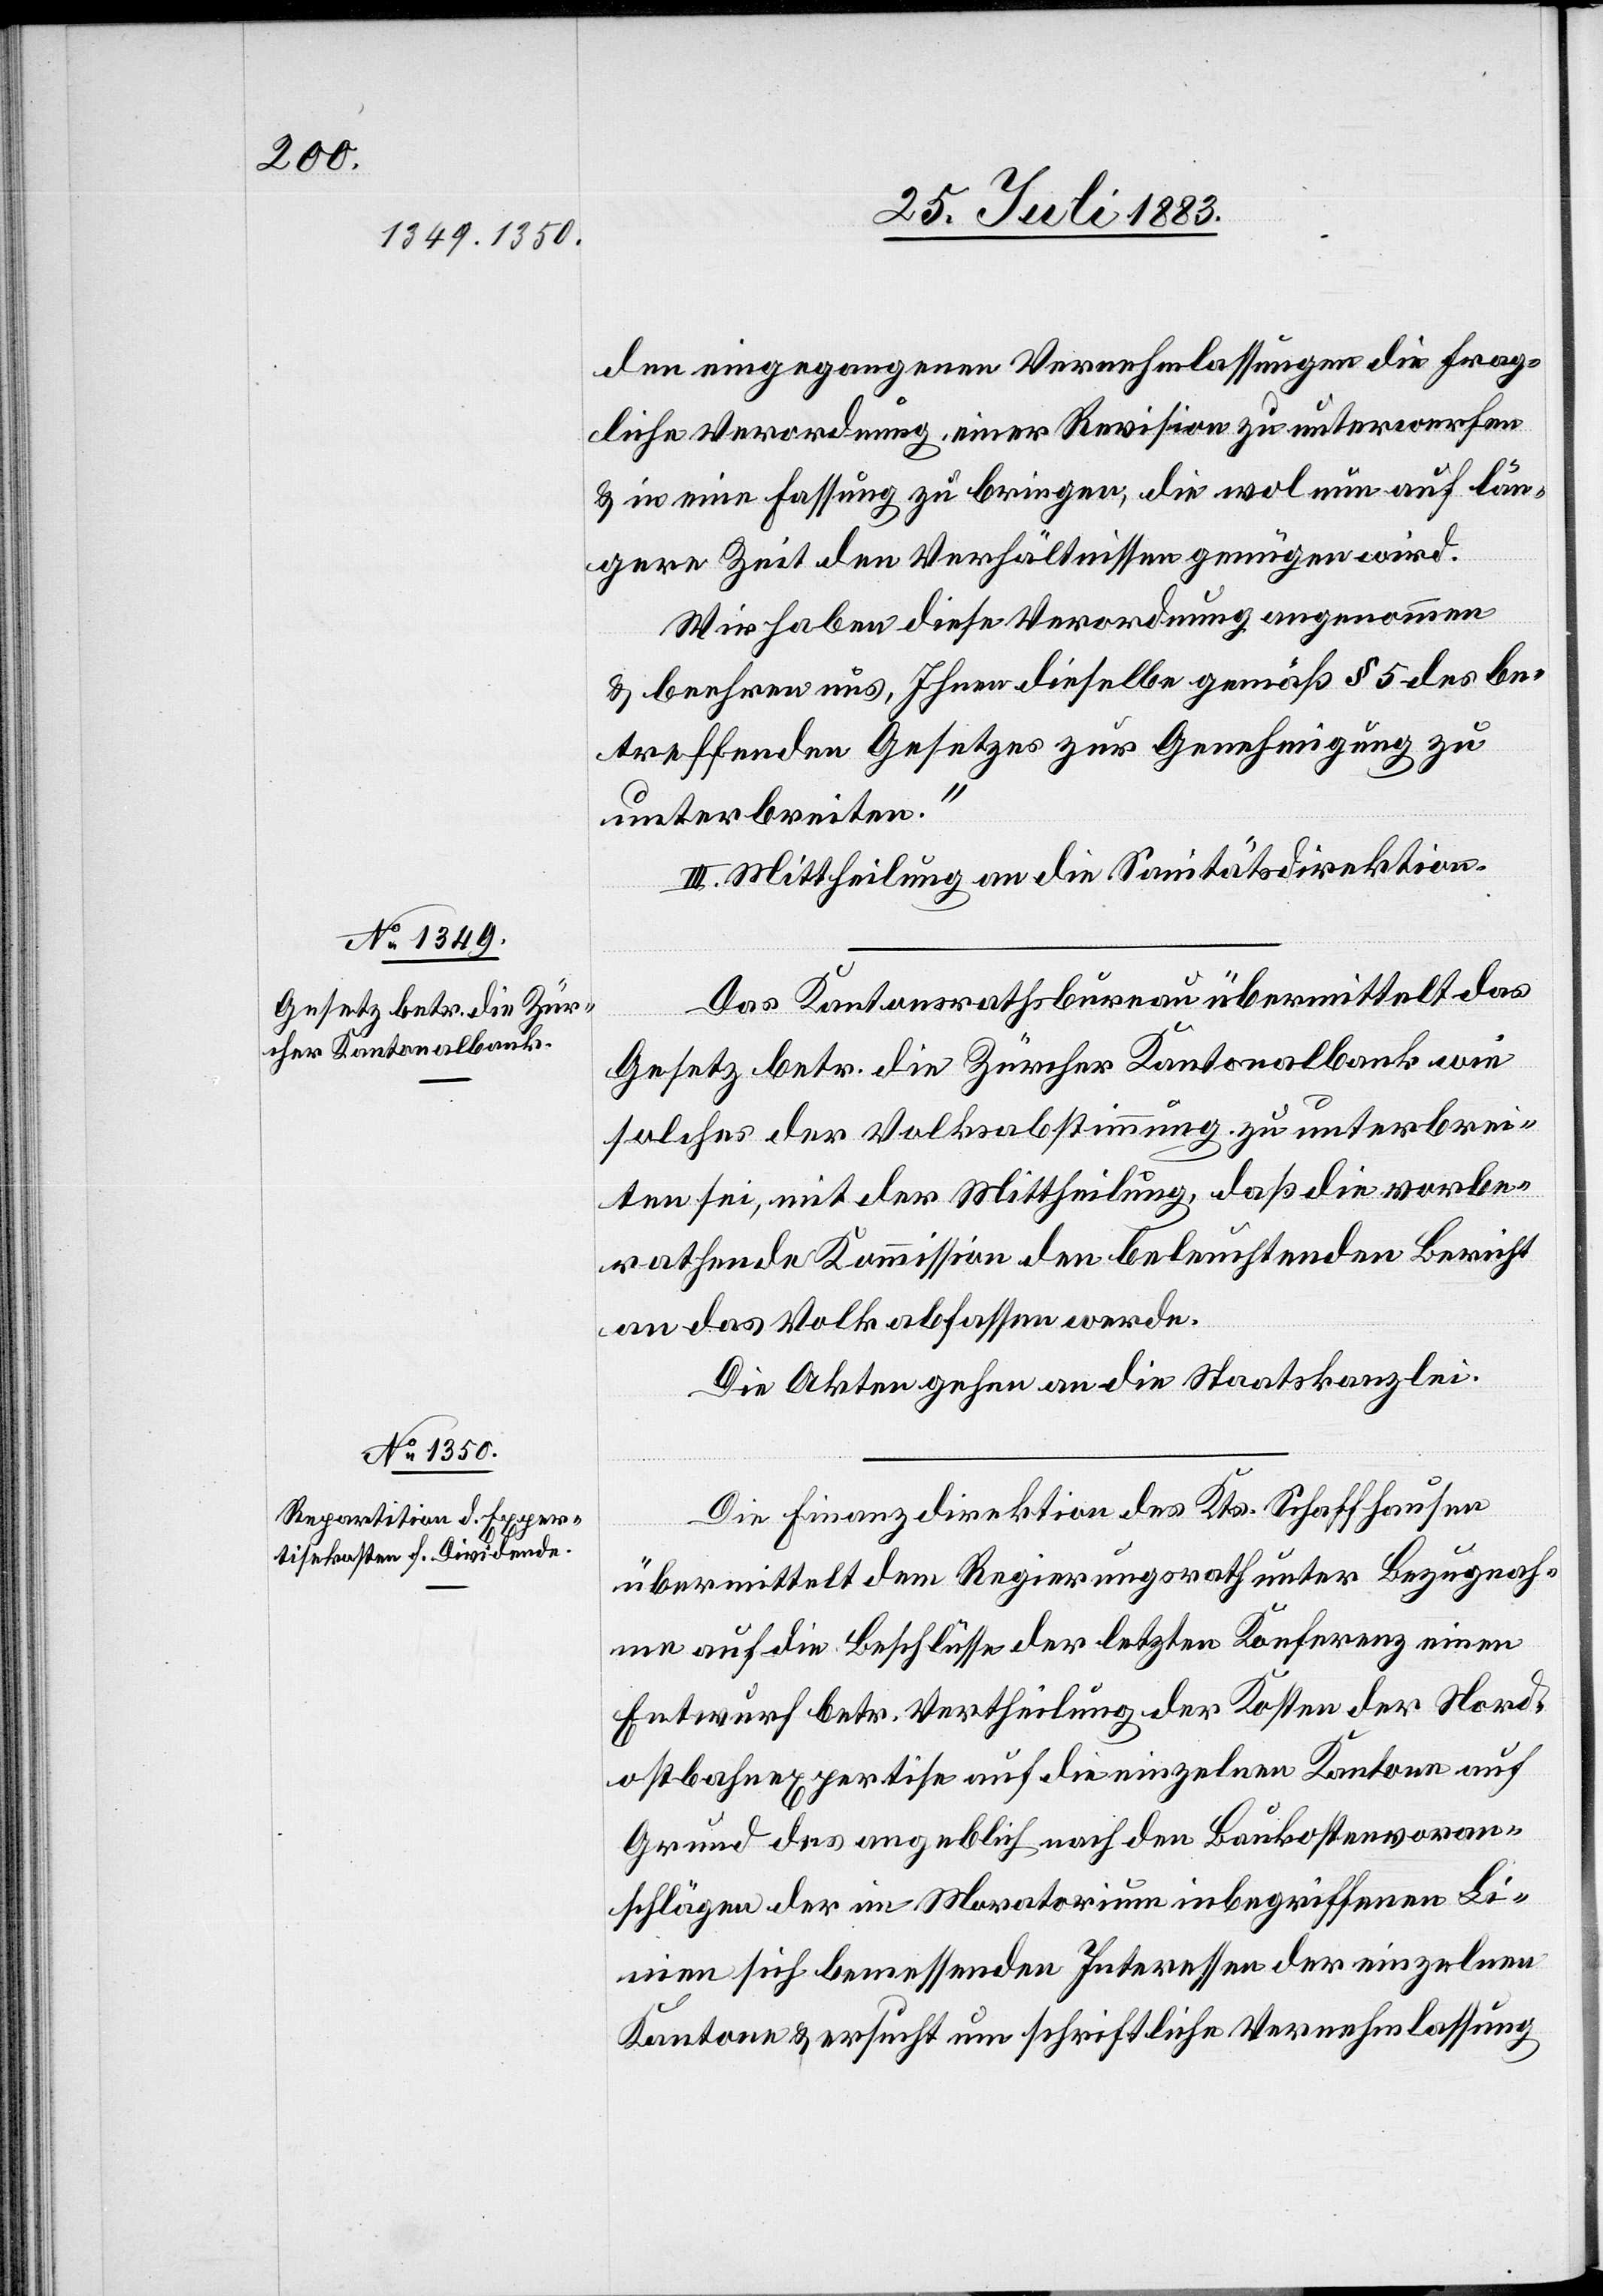
den eingegangenen Vernehmlassungen die frag¬
liche Verordnung einer Revision zu unterwerfen
& in eine Fassung zu bringen, die wol nun auf län¬
gere Zeit den Verhältnissen genügen wird.
Wir haben diese Verordnung angenommen
& beehren uns, Ihnen dieselbe gemäß § 5 des be¬
treffenden Gesetzes zu unterbreiten.“
III. Mittheilung an die Sanitätsdirektion.
Das Kantonsrathsbureau übermittelt das
Gesetz betr. die Zürcher Kantonalbank wie
solches der Volksabstimmung zu unterbrin¬
gen sei, mit der Mittheilung, daß die vorbe¬
rathende Kommission den beleuchtenden Bericht
an das Volk abfassen werde.
Die Akten gehen an die Staatskanzlei.
Die Finanzdirektion des Kts. Schaffhausen
übermittelt dem Regierungsrath unter Bezugnah¬
me auf die Beschlüsse der letzten Konferenz einen
Entwurf betr. Vertheilung der Kosten der Nord¬
ostbahnexpertise auf die einzelnen Kantone auf
Grund des angeblich nach den Baukostenvoran¬
schlägen der im Moratorium inbegriffenen Li¬
nien sich bemessende Interesse der einzelnen
Kantone & ersucht um schriftliche Vernehmlassung